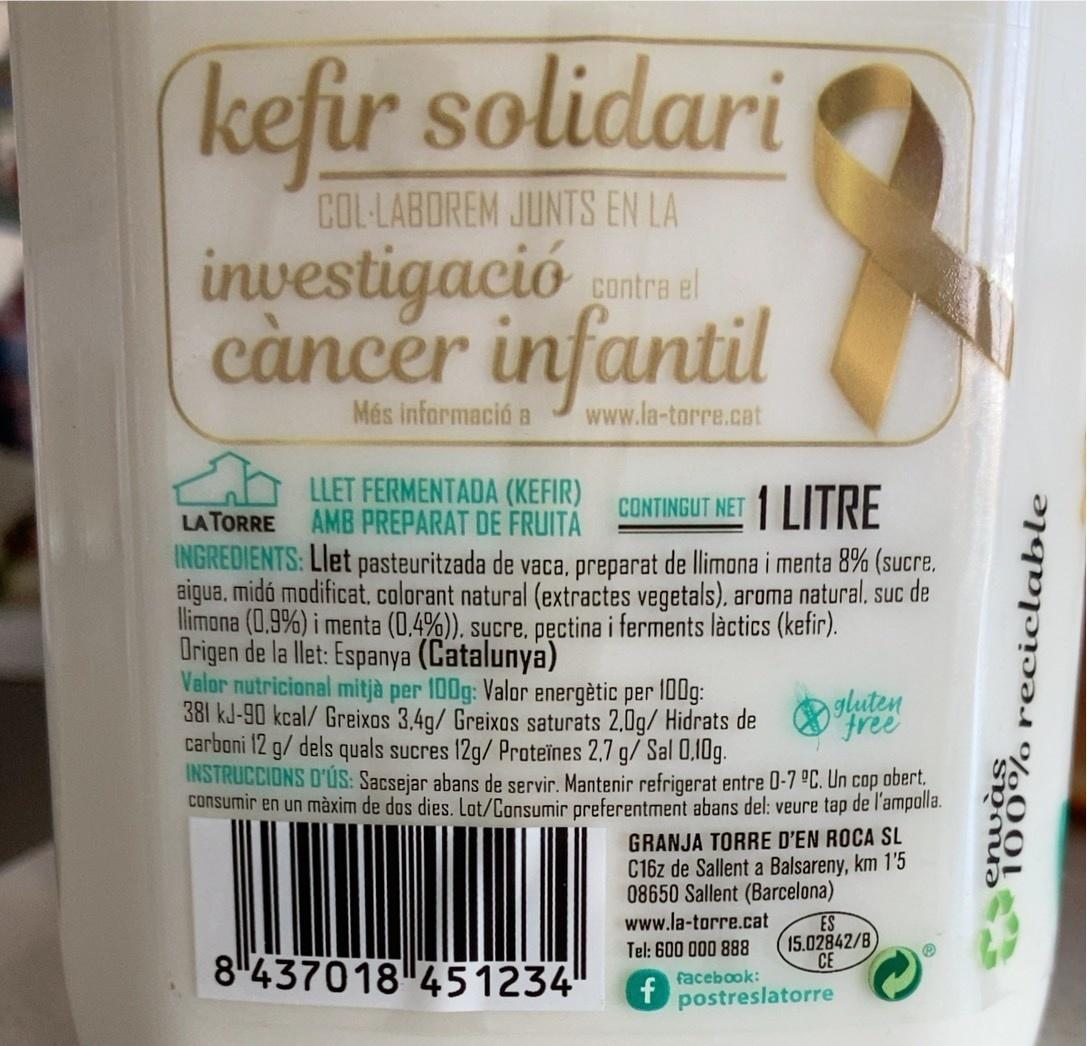
kefir solidari
COL·LABOREM JUNTS EN LA
investigació càncer infantil
contra el
Més informació a
www.la-torre.cat
LLET FERMENTADA (KEFIR) AMB PREPARAT DE FRUITA
CONTINGUT NET 1 LITRE
LA TORRE
INGREDIENTS: Llet pasteuritzada de vaca, preparat de llimona i menta 8% (sucre, aigua, midó modificat, colorant natural (extractes vegetals), aroma natural, suc de limona (0,9%) i menta (0.4%)). sucre, pęctina i ferments làctics (kefir). Origen de la llet: Espanya (Catalunya) Valor nutricional mitjà per 100g: Valor energètic per 1UUg: 381 kJ-90 kcal/ Greixos 3,4g/ Greixos saturats 2,0g/ Hidrats de carboni 12 g/ dels quals sucres 12g/ Proteïnes 2,7 g/ Sal 0,10g. INSTRUCCIONS D'ÚS: Sacsejar abans de servir. Mantenir refrigerat entre 0-7 °C. Un cop obert, consumir en un màxim de dos dies. Lot/Consumir preferentment abans del: veure tap de l'ampolla.
gluten free
GRANJA TORRE D'EN ROCA SL C16z de Sallent a Balsareny, km 1'5 08650 Sallent (Barcelona) www.la-torre.cat
ES 15.02842/B CE
Tel: 600 000 888
8 437018 451234
facebook:
f
postreslatorre
enulo reciclable